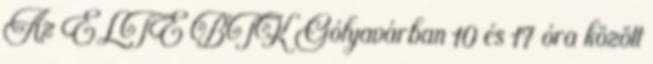
Az ELTE BTK Gólyavárban 10 és 17 óra között